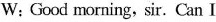
W; Good morning, sir. Can I